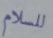
للسلام